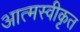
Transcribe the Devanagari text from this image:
आत्‍मस्‍वीकृत